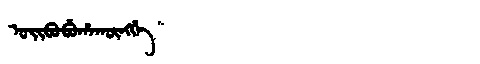
Manchu: ᠣᡳᠪᠣᠪᡠᡥᠠᡴᡡᠩᡤᡝ
Romanization: OIBOBUHAKŪNGGE